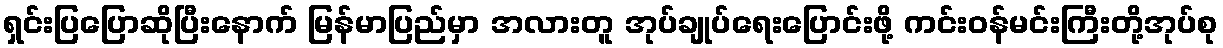
ရှင်းပြပြောဆိုပြီးနောက် မြန်မာပြည်မှာ အလားတူ အုပ်ချုပ်ရေးပြောင်းဖို့ ကင်းဝန်မင်းကြီးတို့အုပ်စု